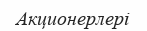
Акционерлері